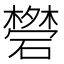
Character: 𥖥